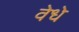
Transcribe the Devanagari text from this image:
वेधे